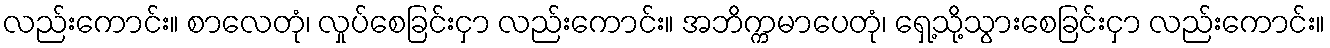
လည်းကောင်း။ စာလေတုံ၊ လှုပ်စေခြင်းငှာ လည်းကောင်း။ အဘိက္ကမာပေတုံ၊ ရှေ့သို့သွားစေခြင်းငှာ လည်းကောင်း။